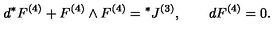
d { } ^ { * } F ^ { ( 4 ) } + F ^ { ( 4 ) } \wedge F ^ { ( 4 ) } = { } ^ { * } J ^ { ( 3 ) } , \qquad d { } F ^ { ( 4 ) } = 0 .